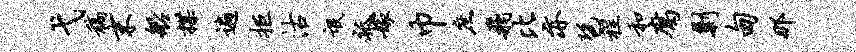
弋稿末船揲遍拒沽氓祗嫁巾庶飞比亦琶程和腐剿甸那